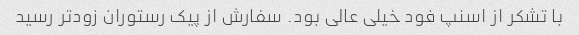
با تشکر از اسنپ فود خیلی عالی بود. سفارش از پیک رستوران زودتر رسید